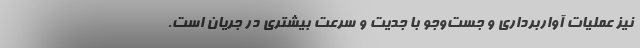
نیز عملیات آواربرداری و جست‌وجو با جدیت و سرعت بیشتری در جریان است.